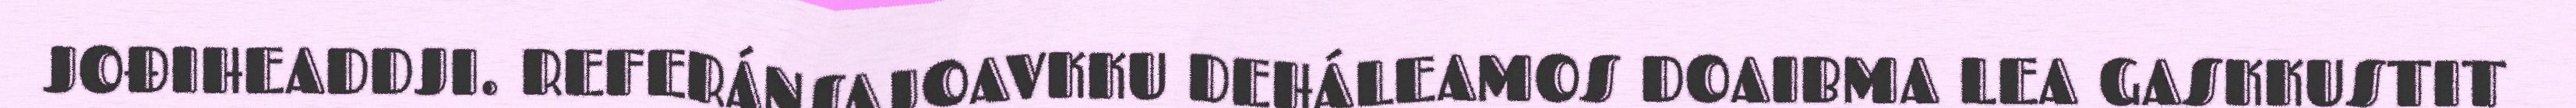
JOĐIHEADDJI. REFERÁNSAJOAVKKU DEHÁLEAMOS DOAIBMA LEA GASKKUSTIT